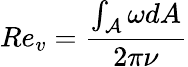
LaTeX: Re_{v}=\frac{\int_{\mathcal{A}}\omega dA}{2\pi\nu}